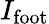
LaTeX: I_{\mathrm{foot}}